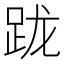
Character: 𨀁